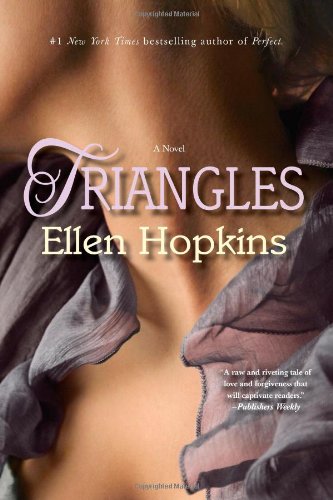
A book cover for Triangles: A Novel; Ellen Hopkins; Literature & Fiction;